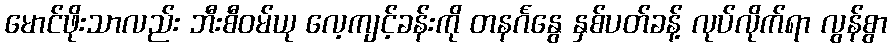
မောင်ဖိုးသာလည်း ဘီးစီဝမ်ယု လေ့ကျင့်ခန်းကို တနင်္ဂနွေ နှစ်ပတ်ခန့် လုပ်လိုက်ရာ လွန်စွာ